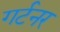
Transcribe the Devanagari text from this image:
गर्टनर